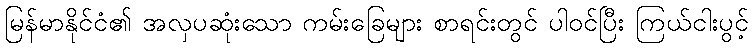
မြန်မာနိုင်ငံ၏ အလှပဆုံးသော ကမ်းခြေများ စာရင်းတွင် ပါဝင်ပြီး ကြယ်ငါးပွင့်